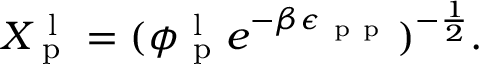
X _ { \mathrm { ~ p ~ } } ^ { \mathrm { ~ l ~ } } = ( \phi _ { \mathrm { ~ p ~ } } ^ { \mathrm { ~ l ~ } } e ^ { - \beta \epsilon _ { \mathrm { ~ p ~ p ~ } } } ) ^ { - \frac { 1 } { 2 } } .